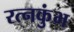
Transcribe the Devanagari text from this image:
रत्नकुंभ